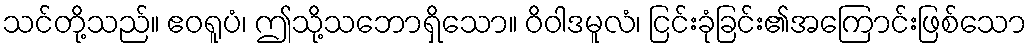
သင်တို့သည်။ ဧဝရူပံ၊ ဤသို့သဘောရှိသော။ ဝိဝါဒမူလံ၊ ငြင်းခုံခြင်း၏အကြောင်းဖြစ်သော